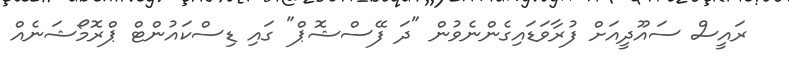
ރައީސް ސައޫދީއަށް ފުރާވަޑައިގެންނެވުން "ދަ ފޭސްޝޮޕް" ގައި ޑިސްކައުންޓް ޕްރޮމޯޝަނެއް